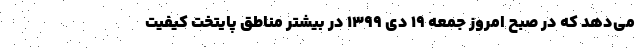
می‌دهد که در صبح امروز جمعه ۱۹ دی ۱۳۹۹ در بیشتر مناطق پایتخت کیفیت